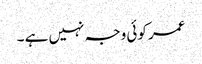
عمر کوئی وجہ نہیں ہے ۔